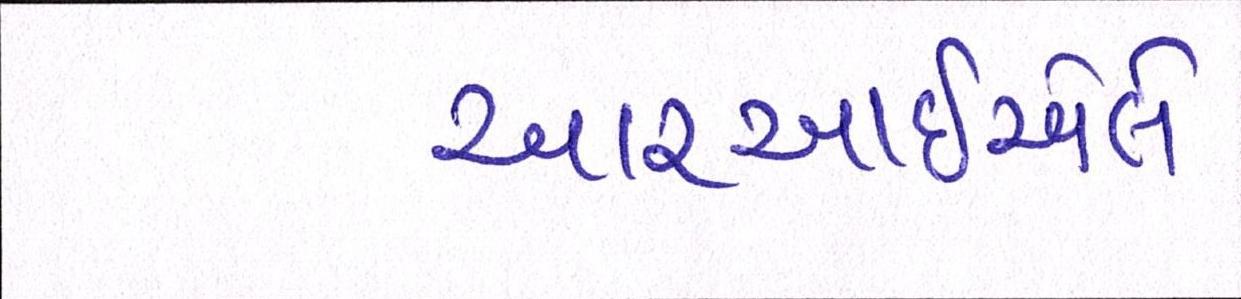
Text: આરઆઇએલે